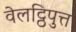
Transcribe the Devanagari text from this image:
वेलट्ठिपुत्त